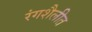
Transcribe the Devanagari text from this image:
रंगशैलीत